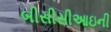
બીસીસીઆઇની